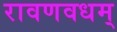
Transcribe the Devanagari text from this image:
रावणवधम्